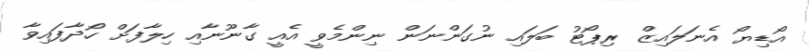
އޯޑިޔޯ އެނަލައިޒް ރިޕޯޓު ބަލައި ނުގަންނަން ނިންމެވީ އެއީ ގާނޫނާއި ހިލާފަށް ހޯދާފައިވާ